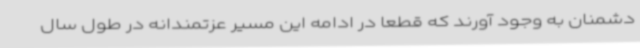
دشمنان به وجود آورند که قطعا در ادامه این مسیر عزتمندانه در طول سال